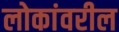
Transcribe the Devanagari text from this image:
लोकांवरील